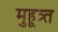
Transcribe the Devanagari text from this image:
मुहूत्र्त